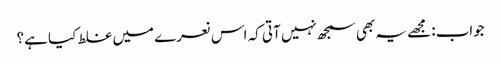
جواب: مجھے یہ بھی سمجھ نہیں آتی کہ اس نعرے میں غلط کیا ہے؟